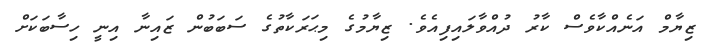
ޒިޔާމް އަނެއްކާވެސް ކާރު ދުއްވާލައިފިއެވެ. ޒިޔާމުގެ މިޙަރަކާތުގެ ސަބަބުން ޒައިނާ އިނީ ހިސާބަކަށް